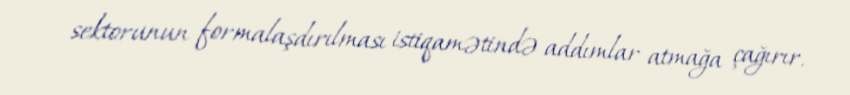
sektorunun formalaşdırılması istiqamətində addımlar atmağa çağırır.